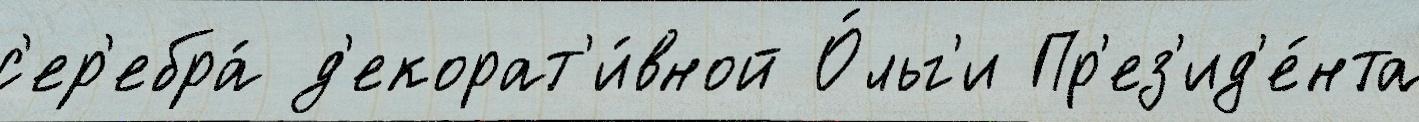
с'ер'ебра́ д'екорат'и́вной О́льг'и Пр'ез'ид'е́нта